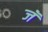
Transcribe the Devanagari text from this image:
जॅ